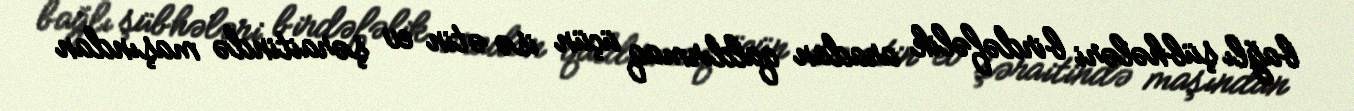
bağlı şübhələri birdəfəlik aradan qaldırmaq üçün isə ətin ev şəraitində maşından